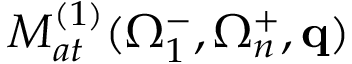
{ \cal M } _ { a t } ^ { ( 1 ) } ( \Omega _ { 1 } ^ { - } , \Omega _ { n } ^ { + } , \mathbf { q } )